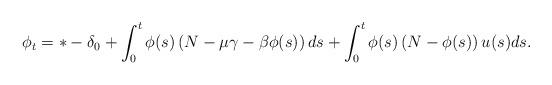
LaTeX: \begin{align*}\phi_t=*-\delta_0+\int^t_0\phi(s)\left(N-\mu\gamma-\beta\phi(s)\right)ds+\int^t_0\phi(s)\left(N-\phi(s)\right)u(s)ds.\end{align*}